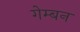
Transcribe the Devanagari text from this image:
गेम्बन